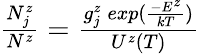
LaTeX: \begin{array}{r}{\frac{N_{j}^{z}}{N^{z}}=\frac{g_{j}^{z}\: exp(\frac{-E^{z}}{kT})}{U^{z}(T)}}\end{array}